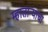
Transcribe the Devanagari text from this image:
म्हातार्‍याचा